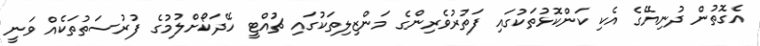
އެގޮތުން ދުނިޔޭގެ އެކި ކަންކޮޅުތަކުގައި ފަތުރުވެރިންގެ މަންޒިލިތަކުގައި ޗުއްޓީ ހޭދަކޯށްލުމުގެ ފުރުސަތުތަކެއް ވަނީ